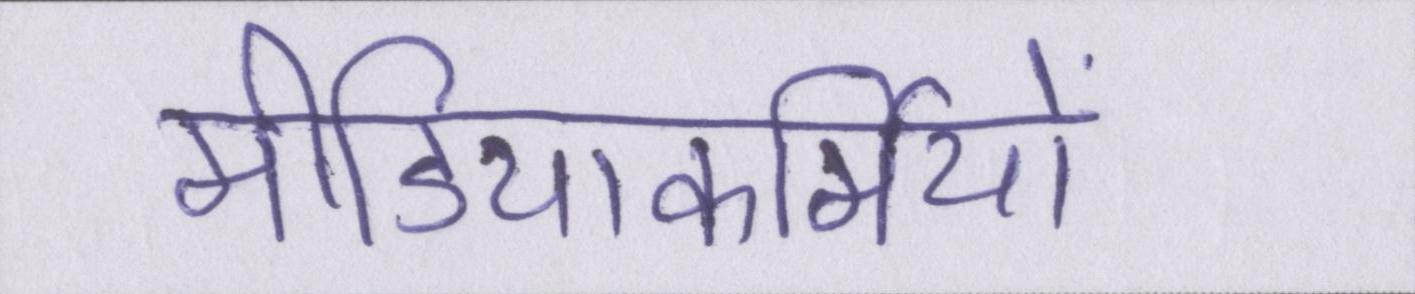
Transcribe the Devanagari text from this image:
मीडियाकर्मियों